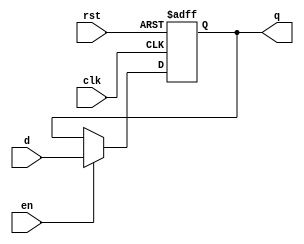
`timescale 1ns / 1ps
//////////////////////////////////////////////////////////////////////////////////
// Company: 
// Engineer: 
// 
// Design Name: 
// Module Name: flopenr
// Project Name: 
// Target Devices: 
// Tool Versions: 
// Description: 
// 
// Dependencies: 
// 
// Revision:
// Revision 0.01 - File Created
// Additional Comments:
// 
//////////////////////////////////////////////////////////////////////////////////


module flopenr #(parameter WIDTH = 8)(
    input wire clk,rst,en,
    input wire[WIDTH-1:0] d,
    output reg[WIDTH-1:0] q
    );
    always @(posedge clk, posedge rst) begin
        if(rst) begin
            q<=0;
            end
        else if (en) begin
            q<=d;
            end
     end
endmodule